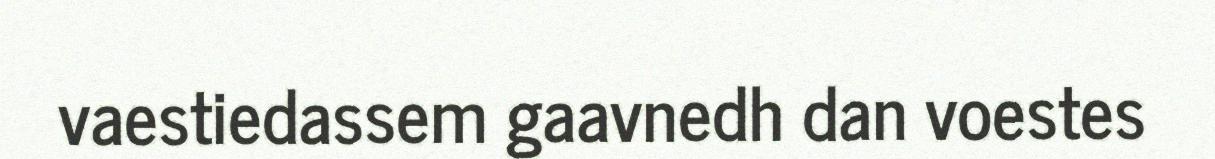
vaestiedassem gaavnedh dan voestes